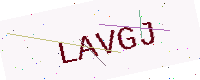
Text: LAVGJ